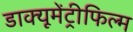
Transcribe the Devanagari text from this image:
डाक्यूमेंट्रीफिल्म